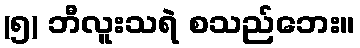
(၅) ဘီလူးသရဲ စသည်ဘေး။